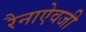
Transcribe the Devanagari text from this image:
रैनाऐवजी